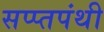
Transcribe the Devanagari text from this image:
सप्प्तपंथी